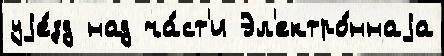
уjе́зд над ча́ст'и Эл'ектро́ннаjа